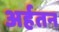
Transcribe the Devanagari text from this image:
अर्हतन